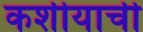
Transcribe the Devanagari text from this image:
कशीयाची